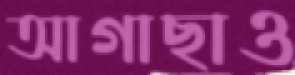
আগাছাও